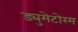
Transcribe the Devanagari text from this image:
ड्युमेटोरम